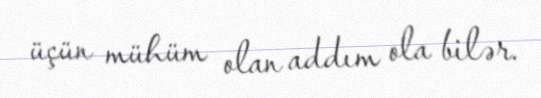
üçün mühüm olan addım ola bilər.